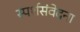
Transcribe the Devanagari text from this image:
स्पर्शसंवेदना